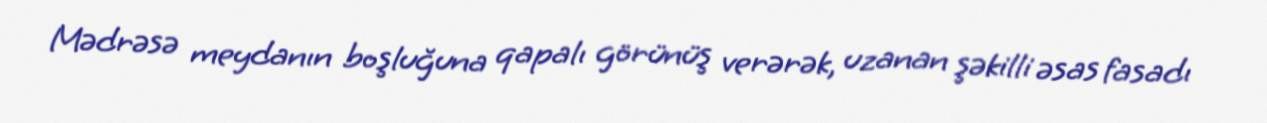
Mədrəsə meydanın boşluğuna qapalı görünüş verərək, uzanan şəkilli əsas fasadı